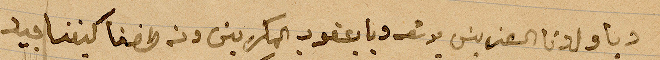
الى ولدنا العزيز يوسف ويعقوب المكرمين ونطفنا ...